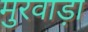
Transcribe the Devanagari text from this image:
मुरवाड़ा